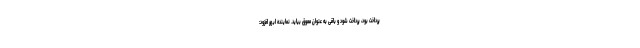
پرداخت بود، پرداخت شود و باقی به عنوان معوق بیاید. نماینده ابهر افزود: